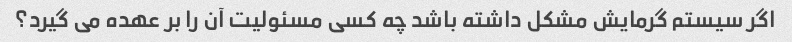
اگر سیستم گرمایش مشکل داشته باشد چه کسی مسئولیت آن را بر عهده می گیرد؟